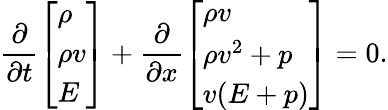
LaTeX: \frac{\partial}{\partial t}\left[\begin{array}{l}{\rho}\\ {\rho v}\\ {E}\end{array}\right]+\frac{\partial}{\partial x}\left[\begin{array}{l}{\rho v}\\ {\rho v^{2}+p}\\ {v(E+p)}\end{array}\right]=0.